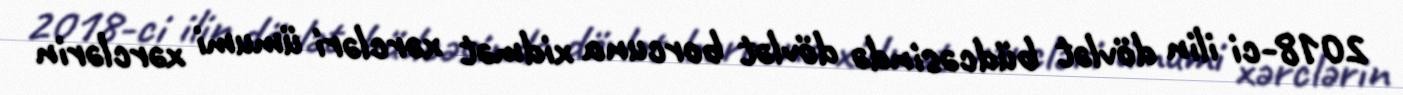
2018-ci ilin dövlət büdcəsində dövlət borcuna xidmət xərcləri ümumi xərclərin